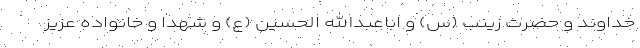
خداوند و حضرت زینب (س) و اباعبدالله الحسین (ع) و شهدا و خانواده عزیز